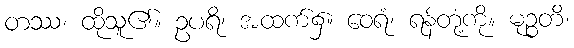
တဿ၊ ထိုသူ၏။ ဥပရိ၊ အထက်၌။ ဝေရံ၊ ရန်တုံ့ကို။ မုဉ္စတိ၊